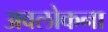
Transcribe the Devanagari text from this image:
अवलोकना